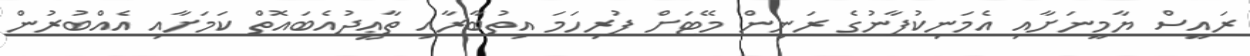
ރައީސް ޔާމީނަށާއި އެމަނިކުފާނުގެ ރަނިން މޭޓަށް ފުރިހަމަ އިތުބާރާއި ތާޢީދުއެބައޮތް ކަމަށާއި އެއްބުރުން